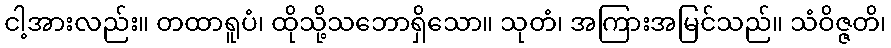
ငါ့အားလည်း။ တထာရူပံ၊ ထိုသို့သဘောရှိသော။ သုတံ၊ အကြားအမြင်သည်။ သံဝိဇ္ဇတိ၊